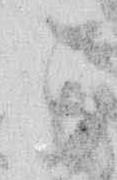
こ